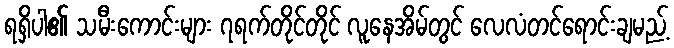
ရရှိပါ၏ သမီးကောင်းများ ၇ရက်တိုင်တိုင် လူနေအိမ်တွင် လေလံတင်ရောင်းချမည့်